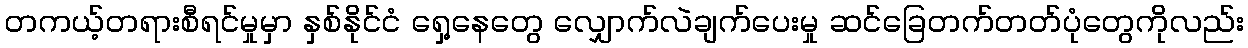
တကယ့်တရားစီရင်မှုမှာ နှစ်နိုင်ငံ ရှေ့နေတွေ လျှောက်လဲချက်ပေးမှု ဆင်ခြေတက်တတ်ပုံတွေကိုလည်း